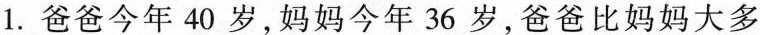
1.爸爸今年40岁，妈妈今年36岁，爸爸比妈妈大多